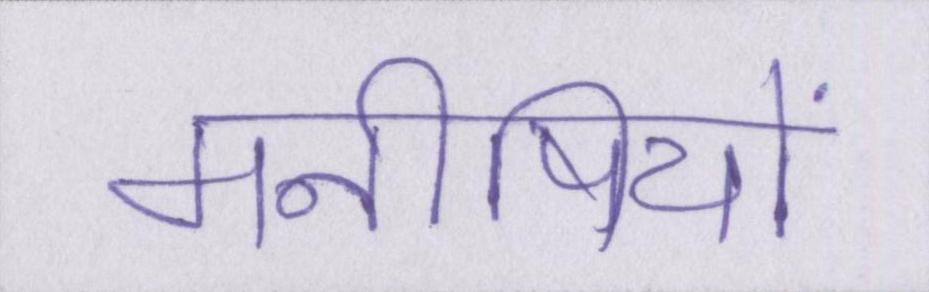
मनीषियों